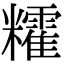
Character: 𥽥